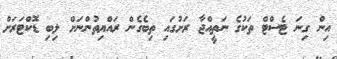
އިން ގިނަ ޓެސްޓް ތަކުގެ ނަތީއްޖާ ރަށުގައި ތިބެގެން ރައްޔިތުންނަށް ލިބި ޑޮކްޓަރަށް